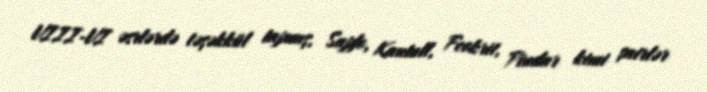
VIII-VI əsrlərdə təşəkkül tapmış, Sapfo, Kantull, Feokrit, Pindar kimi şairlər